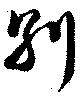
別